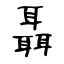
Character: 聶